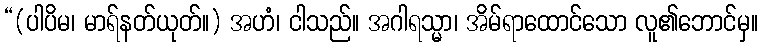
“(ပါပိမ၊ မာရ်နတ်ယုတ်။) အဟံ၊ ငါသည်။ အဂါရသ္မာ၊ အိမ်ရာထောင်သော လူ၏ဘောင်မှ။